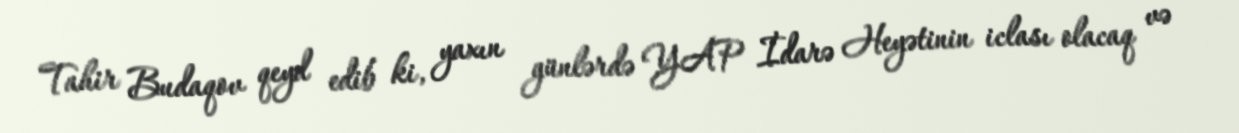
Tahir Budaqov qeyd edib ki, yaxın günlərdə YAP İdarə Heyətinin iclası olacaq və